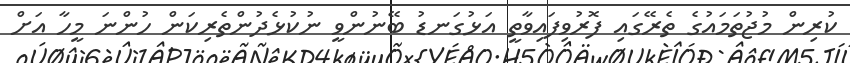
ކުރިން މުޖުތަމައުގެ ތެރޭގައި ފޮރުވިފައިވާތީ އަޅުގަނޑު ބޭނުންވީ ނުކުޅެދުންތެރިކަން ހުންނަ މީހާ އަށް